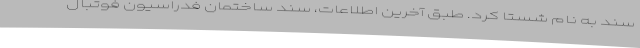
سند به نام شستا کرد. طبق آخرین اطلاعات، سند ساختمان فدراسیون فوتبال